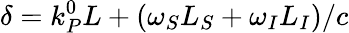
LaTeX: \delta=k_{P}^{0}L+(\omega_{S}L_{S}+\omega_{I}L_{I})/c